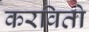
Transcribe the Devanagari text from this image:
करवितो